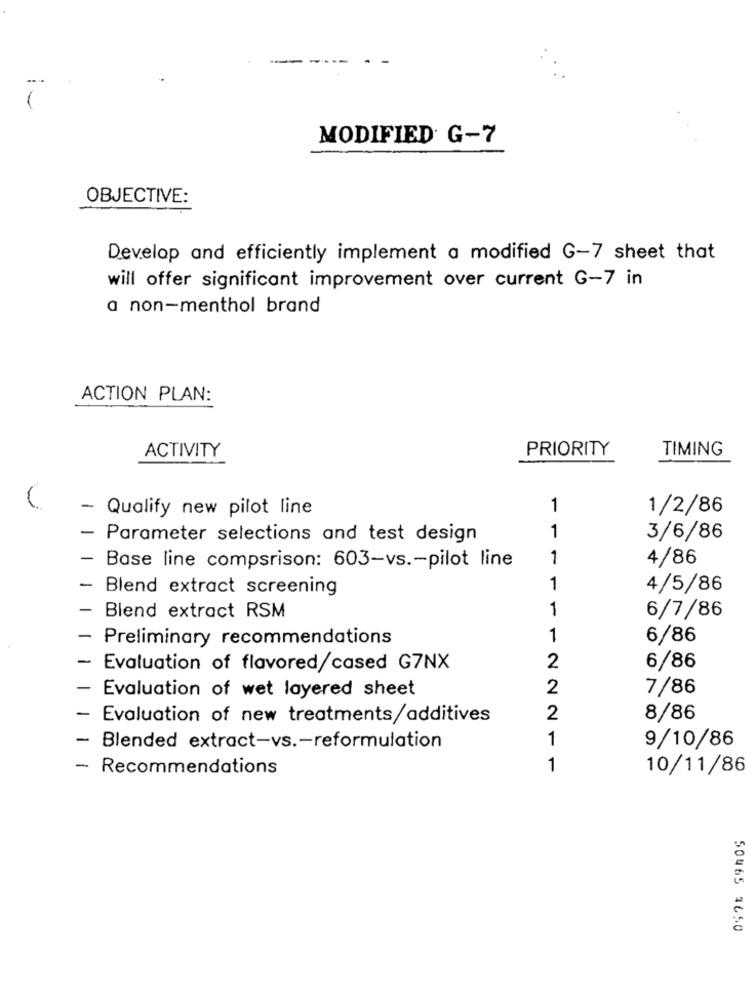
-
---
-
MODIFIED G-7
OBJECTIVE:
Develop and efficiently implement a modified G-7 sheet that
will offer significant improvement over current G-7 in
a non-menthol brand
ACTION PLAN:
ACTIVITY
PRIORITY
TIMING
- Qualify new pilot line
1
1/2/86
1
- Parameter selections and test design
3/6/86
1
4/86
Base line compsrison: 603-vs .- pilot line
Blend extract screening
1
4/5/86
1
Blend extract RSM
6/7/86
Preliminary recommendations
1
6/86
Evaluation of flavored/cased G7NX
2
6/86
Evaluation of wet layered sheet
2
7/86
Evaluation of new treatments/additives
2
8/86
1
Blended extract-vs .- reformulation
9/10/86
-
Recommendations
1
10/11/86
50465 4650